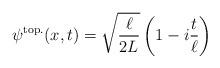
LaTeX: \begin{align*}\psi^{\rm top.}(x,t) = \sqrt{\frac{\ell}{2L}}\left(1 - i \frac{t}{\ell}\right)\end{align*}